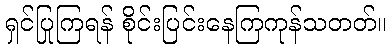
ရှင်ပြုကြရန် စိုင်းပြင်းနေကြကုန်သတတ်။